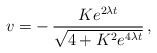
\begin{align*}v = -\,\frac{Ke^{2\lambda t}}{\sqrt{4 + K^{2}e^{4\lambda t}}} \,,\end{align*}